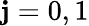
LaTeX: \mathbf{j}=0,1